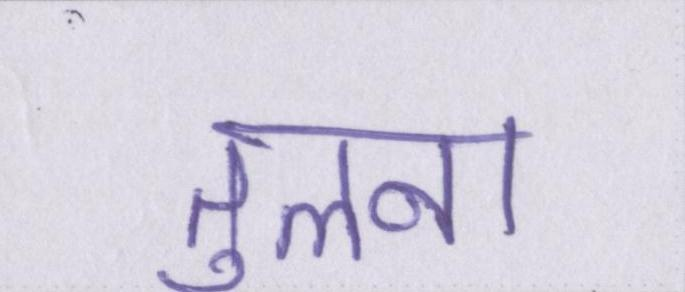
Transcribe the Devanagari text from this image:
तुलना